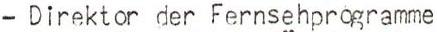
-Direktor der Fernsehprogramme